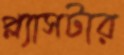
প্ল্যাসটার